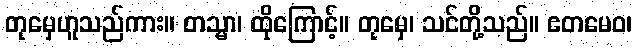
တုမှေဟူသည်ကား။ တသ္မာ၊ ထိုကြောင့်။ တုမှေ၊ သင်တို့သည်။ ဧတမေဝ၊